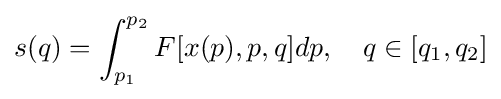
s(q)=\int _{p_{1}}^{p_{2}}F[x(p),p,q]dp,\quad q\in [q_{1},q_{2}]